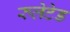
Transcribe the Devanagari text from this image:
रुलेटेड